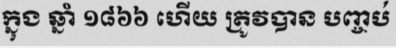
ក្នុង ឆ្នាំ ១៨៦៦ ហើយ ត្រូវបាន បញ្ចប់